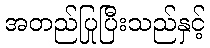
အတည်ပြုပြီးသည်နှင့်